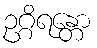
ဥဂ္ဂိရန္တော